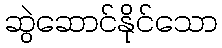
ဆွဲဆောင်နိုင်သော